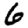
Digit: 6